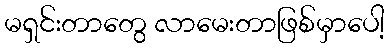
မရှင်းတာတွေ လာမေးတာဖြစ်မှာပေါ့